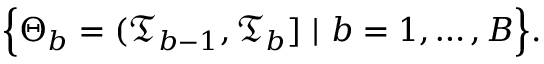
\Big \{ \Theta _ { b } = ( \mathfrak { T } _ { b - 1 } , \mathfrak { T } _ { b } ] \ | \ b = 1 , \ldots , B \Big \} .